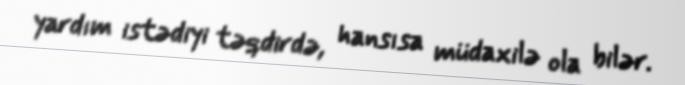
yardım istədiyi təqdirdə, hansısa müdaxilə ola bilər.